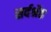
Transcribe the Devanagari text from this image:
सर्वर्श्रेष्ठ